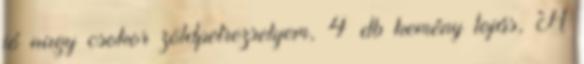
jó nagy csokor zöldpetrezselyem, 4 db kemény tojás, A